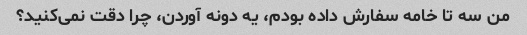
من سه تا خامه سفارش داده بودم، یه دونه آوردن، چرا دقت نمی‌کنید؟